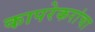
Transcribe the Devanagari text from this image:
कापरेकरांचा